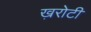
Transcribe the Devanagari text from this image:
ख़रोटी